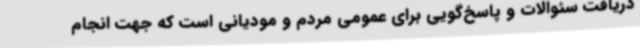
دریافت سئوالات و پاسخ‌گویی برای عمومی مردم و مودیانی است که جهت انجام